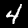
Digit: 4